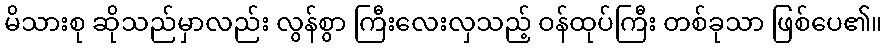
မိသားစု ဆိုသည်မှာလည်း လွန်စွာ ကြီးလေးလှသည့် ဝန်ထုပ်ကြီး တစ်ခုသာ ဖြစ်ပေ၏။